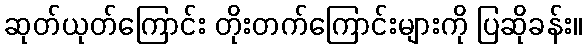
ဆုတ်ယုတ်ကြောင်း တိုးတက်ကြောင်းများကို ပြဆိုခန်း။